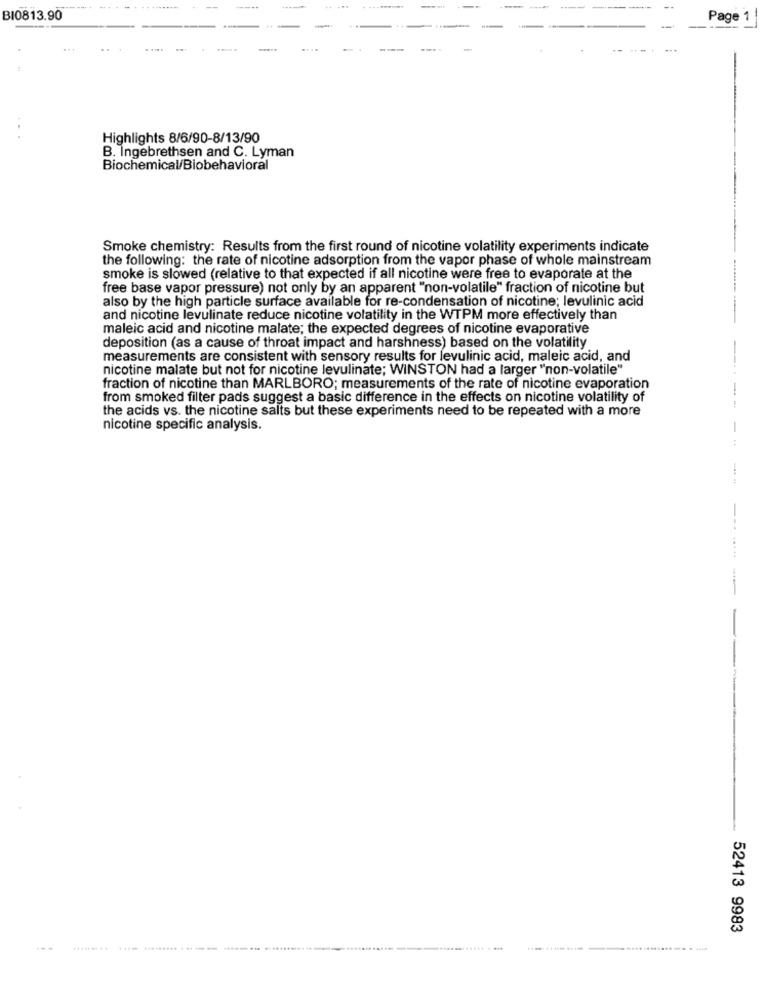
.. ...
-
BI0813.90
Page 1
...
Highlights 8/6/90-8/13/90
B. Ingebrethsen and C. Lyman
Biochemical/Biobehavioral
Smoke chemistry: Results from the first round of nicotine volatility experiments indicate
the following: the rate of nicotine adsorption from the vapor phase of whole mainstream
smoke is slowed (relative to that expected if all nicotine were free to evaporate at the
free base vapor pressure) not only by an apparent "non-volatile" fraction of nicotine but
also by the high particle surface available for re-condensation of nicotine; levulinic acid
and nicotine levulinate reduce nicotine volatility in the WTPM more effectively than
maleic acid and nicotine malate; the expected degrees of nicotine evaporative
deposition (as a cause of throat impact and harshness) based on the volatility
measurements are consistent with sensory results for levulinic acid, maleic acid, and
nicotine malate but not for nicotine levulinate; WINSTON had a larger "non-volatile"
fraction of nicotine than MARLBORO; measurements of the rate of nicotine evaporation
-
from smoked filter pads suggest a basic difference in the effects on nicotine volatility of
the acids vs. the nicotine salts but these experiments need to be repeated with a more
nicotine specific analysis.
-
--
52413 9983